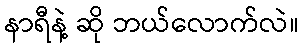
နာရီနဲ့ ဆို ဘယ်လောက်လဲ။